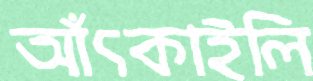
আঁৎকাইলি